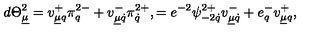
d \Theta _ { \underline { \mu } } ^ { 2 } = v _ { \underline { \mu } q } ^ { + } \pi _ { q } ^ { 2 - } + v _ { \underline { \mu } \dot { q } } ^ { - } \pi _ { \dot { q } } ^ { 2 + } , = e ^ { - 2 } \psi _ { - 2 \dot { q } } ^ { 2 + } v _ { \underline { \mu } \dot { q } } ^ { - } + e _ { q } ^ { - } v _ { \underline { \mu } q } ^ { + } ,